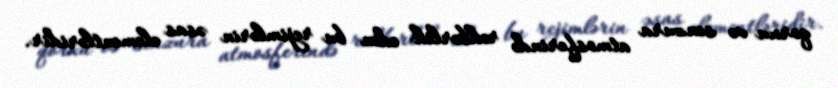
qorxu və senzura atmosferində rəhbərlik edən bu rejimlərin əsas elementləridir.